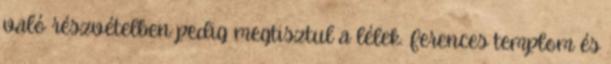
való részvételben pedig megtisztul a lélek. Ferences templom és